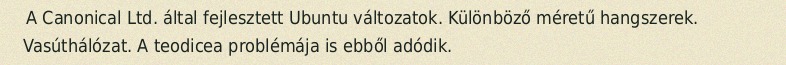
A Canonical Ltd. által fejlesztett Ubuntu változatok. Különböző méretű hangszerek. Vasúthálózat. A teodicea problémája is ebből adódik.